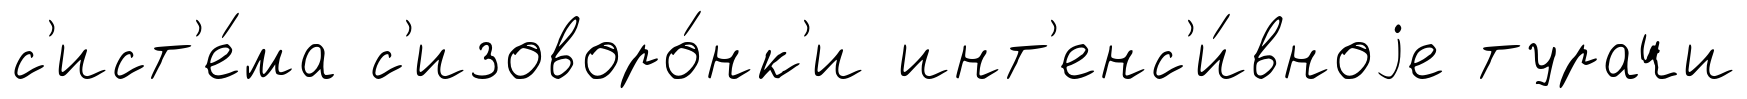
с'ист'е́ма с'изоворо́нк'и инт'енс'и́вноjе турачи